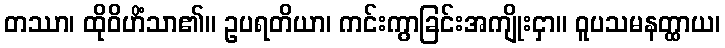
တဿာ၊ ထိုဝိဟိံသာ၏။ ဥပရတိယာ၊ ကင်းကွာခြင်းအကျိုးငှာ။ ဝူပသမနတ္ထာယ၊